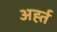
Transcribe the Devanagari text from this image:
अर्ह्त